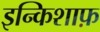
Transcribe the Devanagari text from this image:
इन्किशाफ़